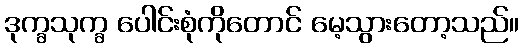
ဒုက္ခသုက္ခ ပေါင်းစုံကိုတောင် မေ့သွားတော့သည်။